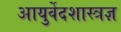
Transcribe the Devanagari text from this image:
आयुर्वेदशास्त्रज्ञ